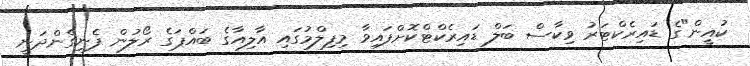
ކުއީން"ގެ ޑައިރެކްޓަރު ވިކާސް ބަލް ޑައިރެކްޓްކޮށްފައިވާ މިފިލްމުގައި އާލިއާގެ ބައްޕަގެ ރޯލުން ފެނިގެންދަނީ